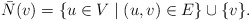
\begin{align*}\bar{N}(v) = \{u\in V\mid (u,v)\in E\} \cup \{v\}.\end{align*}